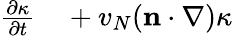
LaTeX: \begin{array}{rl}{\frac{\partial\kappa}{\partial t}}&{{}+v_{N}(\mathbf n\cdot\nabla)\kappa}\end{array}